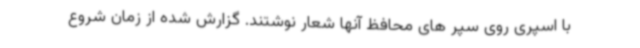
با اسپری روی سپر های محافظ آنها شعار نوشتند. گزارش شده از زمان شروع